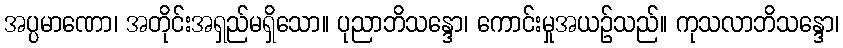
အပ္ပမာဏော၊ အတိုင်းအရှည်မရှိသော။ ပုညာဘိသန္ဒော၊ ကောင်းမှုအယဉ်သည်။ ကုသလာဘိသန္ဒော၊